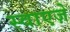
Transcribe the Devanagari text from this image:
स्वाएज़े